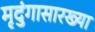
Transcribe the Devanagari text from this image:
मृदुंगासारख्या